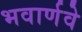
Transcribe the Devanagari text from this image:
भवार्णवे